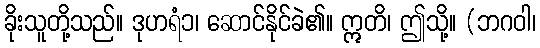
ခိုးသူတို့သည်။ ဒုဟရံ၁၊ ဆောင်နိုင်ခဲ၏။ ဣတိ၊ ဤသို့။ (ဘဂဝါ၊